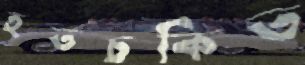
হতচকিত